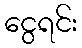
ငွေရင်း